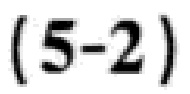
$(5 - 2)$